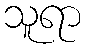
သူရာ